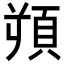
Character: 𩒋